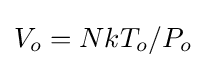
V_{o}=NkT_{o}/P_{o}